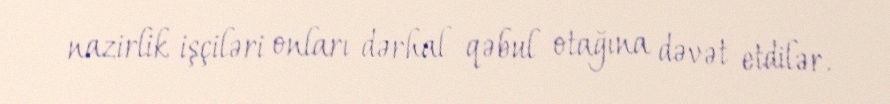
nazirlik işçiləri onları dərhal qəbul otağına dəvət etdilər.